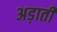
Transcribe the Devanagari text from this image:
अड़ाती